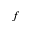
f